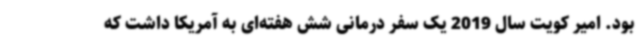
بود. امیر کویت سال 2019 یک سفر درمانی شش هفته‌ای به آمریکا داشت که